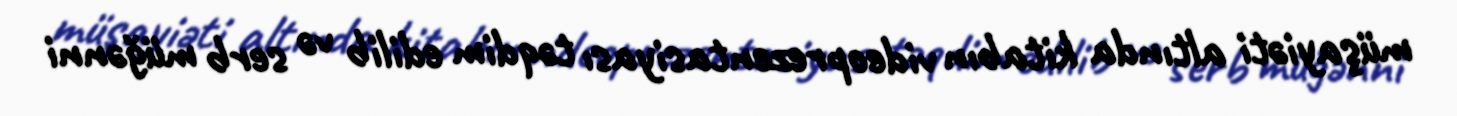
müşayiəti altında kitabın videoprezentasiyası təqdim edilib və serb müğənni